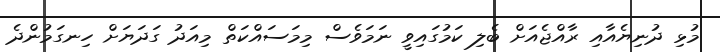
މުޅި ދުނިޔެއާއި ރާއްޖެއަށް ބެލި ކަމުގައިވީ ނަމަވެސް މިމަސައްކަތް މިއަދު ގަދަޔަށް ހިނގަމުންދެ